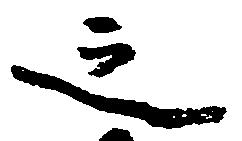
之